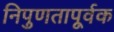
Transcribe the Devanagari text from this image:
निपुणतापूर्वक